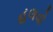
હલવો